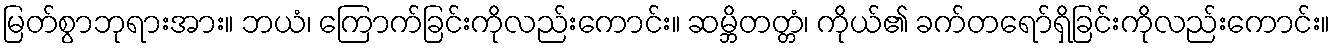
မြတ်စွာဘုရားအား။ ဘယံ၊ ကြောက်ခြင်းကိုလည်းကောင်း။ ဆမ္ဘိတတ္တံ၊ ကိုယ်၏ ခက်တရော်ရှိခြင်းကိုလည်းကောင်း။